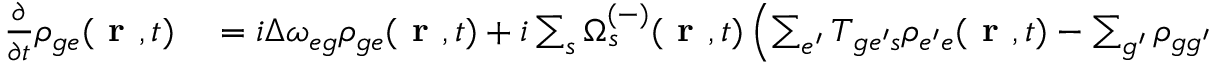
\begin{array} { r l } { \frac { \partial } { \partial t } \rho _ { { g e } } ( \textbf { r } , t ) } & { { } = i \Delta \omega _ { { e g } } \rho _ { { g e } } ( \textbf { r } , t ) + i \sum _ { s } \Omega _ { s } ^ { ( - ) } ( \textbf { r } , t ) \left( \sum _ { e ^ { \prime } } T _ { { g e ^ { \prime } } s } \rho _ { { e ^ { \prime } e } } ( \textbf { r } , t ) - \sum _ { g ^ { \prime } } \rho _ { { g g ^ { \prime } } } ( \textbf { r } , t ) T _ { { g ^ { \prime } e } s } \right) } \end{array}